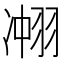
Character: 𮶍